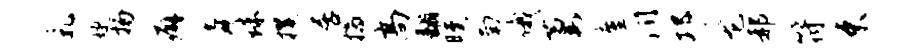
乳婕扬癖舜珠攫居揣高翻曛南俄萋廑润邛龙郝符束